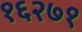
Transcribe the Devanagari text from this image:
१६२७१